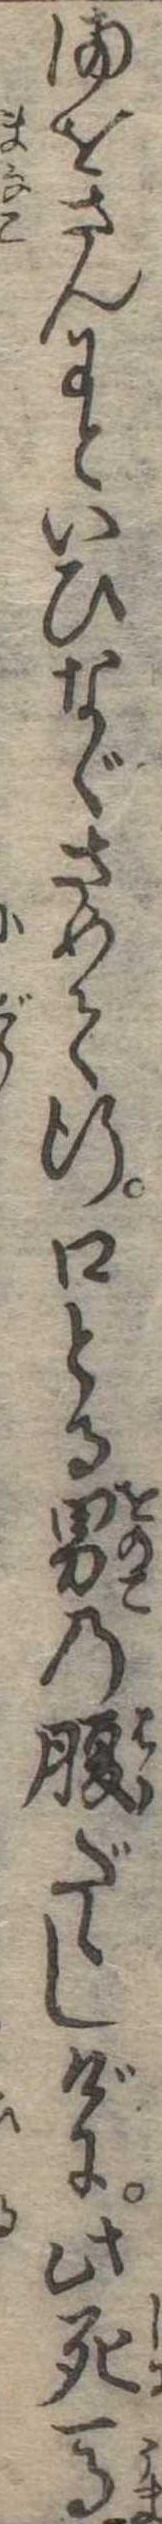
まをさんにといひなぐさめて行口とる男の腹だゝしげに此死馬